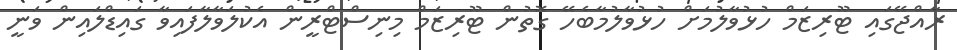
ރާއްޖޭގައި ޓޫރިޒަމް ހުޅުވާލުމަށް ހުޅުވާލުމާބެހޭ ގޮތުން ޓޫރިޒަމް މިނިސްޓްރީން އެކުލަވާލާފައިވާ ގައިޑްލައިން ވަނީ